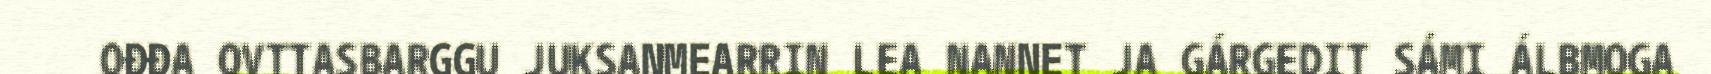
OĐĐA OVTTASBARGGU JUKSANMEARRIN LEA NANNET JA GÁRGEDIT SÁMI ÁLBMOGA